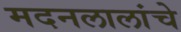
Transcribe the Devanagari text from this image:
मदनलालांचे